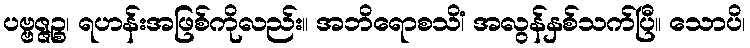
ပဗ္ဗဇ္ဇဉ္စ၊ ရဟန်းအဖြစ်ကိုလည်း။ အဘိရောစသိံ၊ အလွန်နှစ်သက်ပြီ။ သောပိ၊